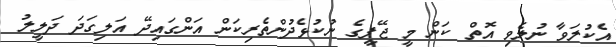
އެކުލަވާ ނުލެވި އޮތް ކަން މީ ޖޭޕީގެ ނުކުޅެދުންތެރިކަން އަންގައިދޭ އަލިގަދަ ދަލީލު